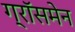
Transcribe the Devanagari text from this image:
ग्रॉसमेन